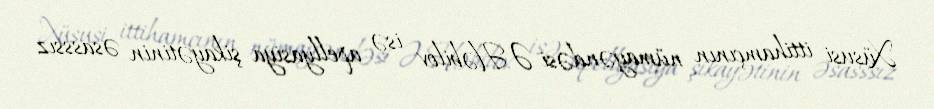
Xüsusi ittihamçının nümayəndəsi Ə.Həbilov isə apellyasiya şikayətinin əsasssız